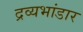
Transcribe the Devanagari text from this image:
द्रव्यभांडार